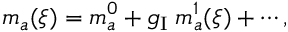
m _ { a } ( \xi ) = m _ { a } ^ { 0 } + g _ { \mathrm { I } } \; m _ { a } ^ { 1 } ( \xi ) + \cdots ,